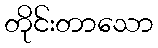
တိုင်းတာသော